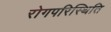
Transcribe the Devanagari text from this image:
रोगपरिस्थिति